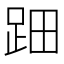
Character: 䟧